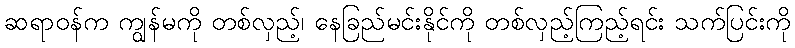
ဆရာဝန်က ကျွန်မကို တစ်လှည့်၊ နေခြည်မင်းနိုင်ကို တစ်လှည့်ကြည့်ရင်း သက်ပြင်းကို